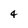
Character: 4